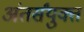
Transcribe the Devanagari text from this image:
अंतर्संयुक्त